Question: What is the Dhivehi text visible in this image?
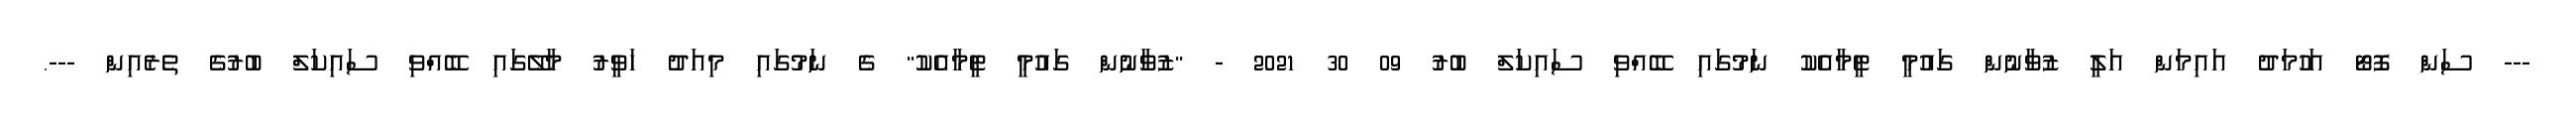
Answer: --- ސަން ފޮޓޯ އަހުމަދު އައިމަން އަލީ ޒުވާނުން ގައުމީ ޓީމާއެކު ނަމުގައި ބޭއްވި ސައިކަލް ބުރު 09 30 2021 - "ޒުވާނުން ގައުމީ ޓީމާއެކު" ގެ ނަމުގައި މިއަދު ހަވީރު މާލޭގައި ބޭއްވި ސައިކަލް ބުރުގެ ތެރެއިން ---.